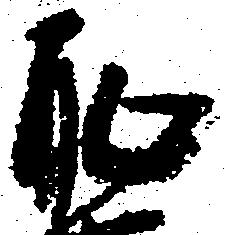
恥